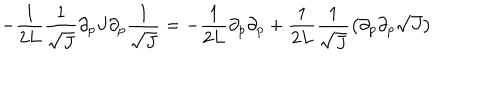
- \frac { 1 } { 2 L } \frac { 1 } { \sqrt { J } } \partial _ { p } J \partial _ { p } \frac { 1 } { \sqrt { J } } = - \frac { 1 } { 2 L } \partial _ { p } \partial _ { p } + \frac { 1 } { 2 L } \frac { 1 } { \sqrt { J } } \left( \partial _ { p } \partial _ { p } \sqrt { J } \right)